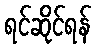
ရင်ဆိုင်ရန်